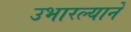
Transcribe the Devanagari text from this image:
उभारल्याने